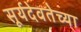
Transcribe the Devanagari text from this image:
सूर्यदेवतेच्या